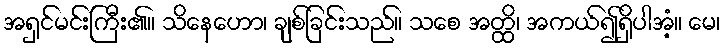
အရှင်မင်းကြီး၏။ သိနေဟော၊ ချစ်ခြင်းသည်။ သစေ အတ္ထိ၊ အကယ်၍ရှိပါအံ့။ မေ၊